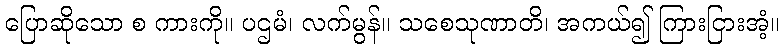
ပြောဆိုသော စ ကားကို။ ပဌမံ၊ လက်မွန်။ သစေသုဏာတိ၊ အကယ်၍ ကြားငြားအံ့။